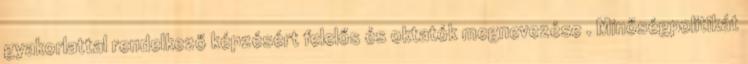
gyakorlattal rendelkező képzésért felelős és oktatók megnevezése . Minőségpolitikát